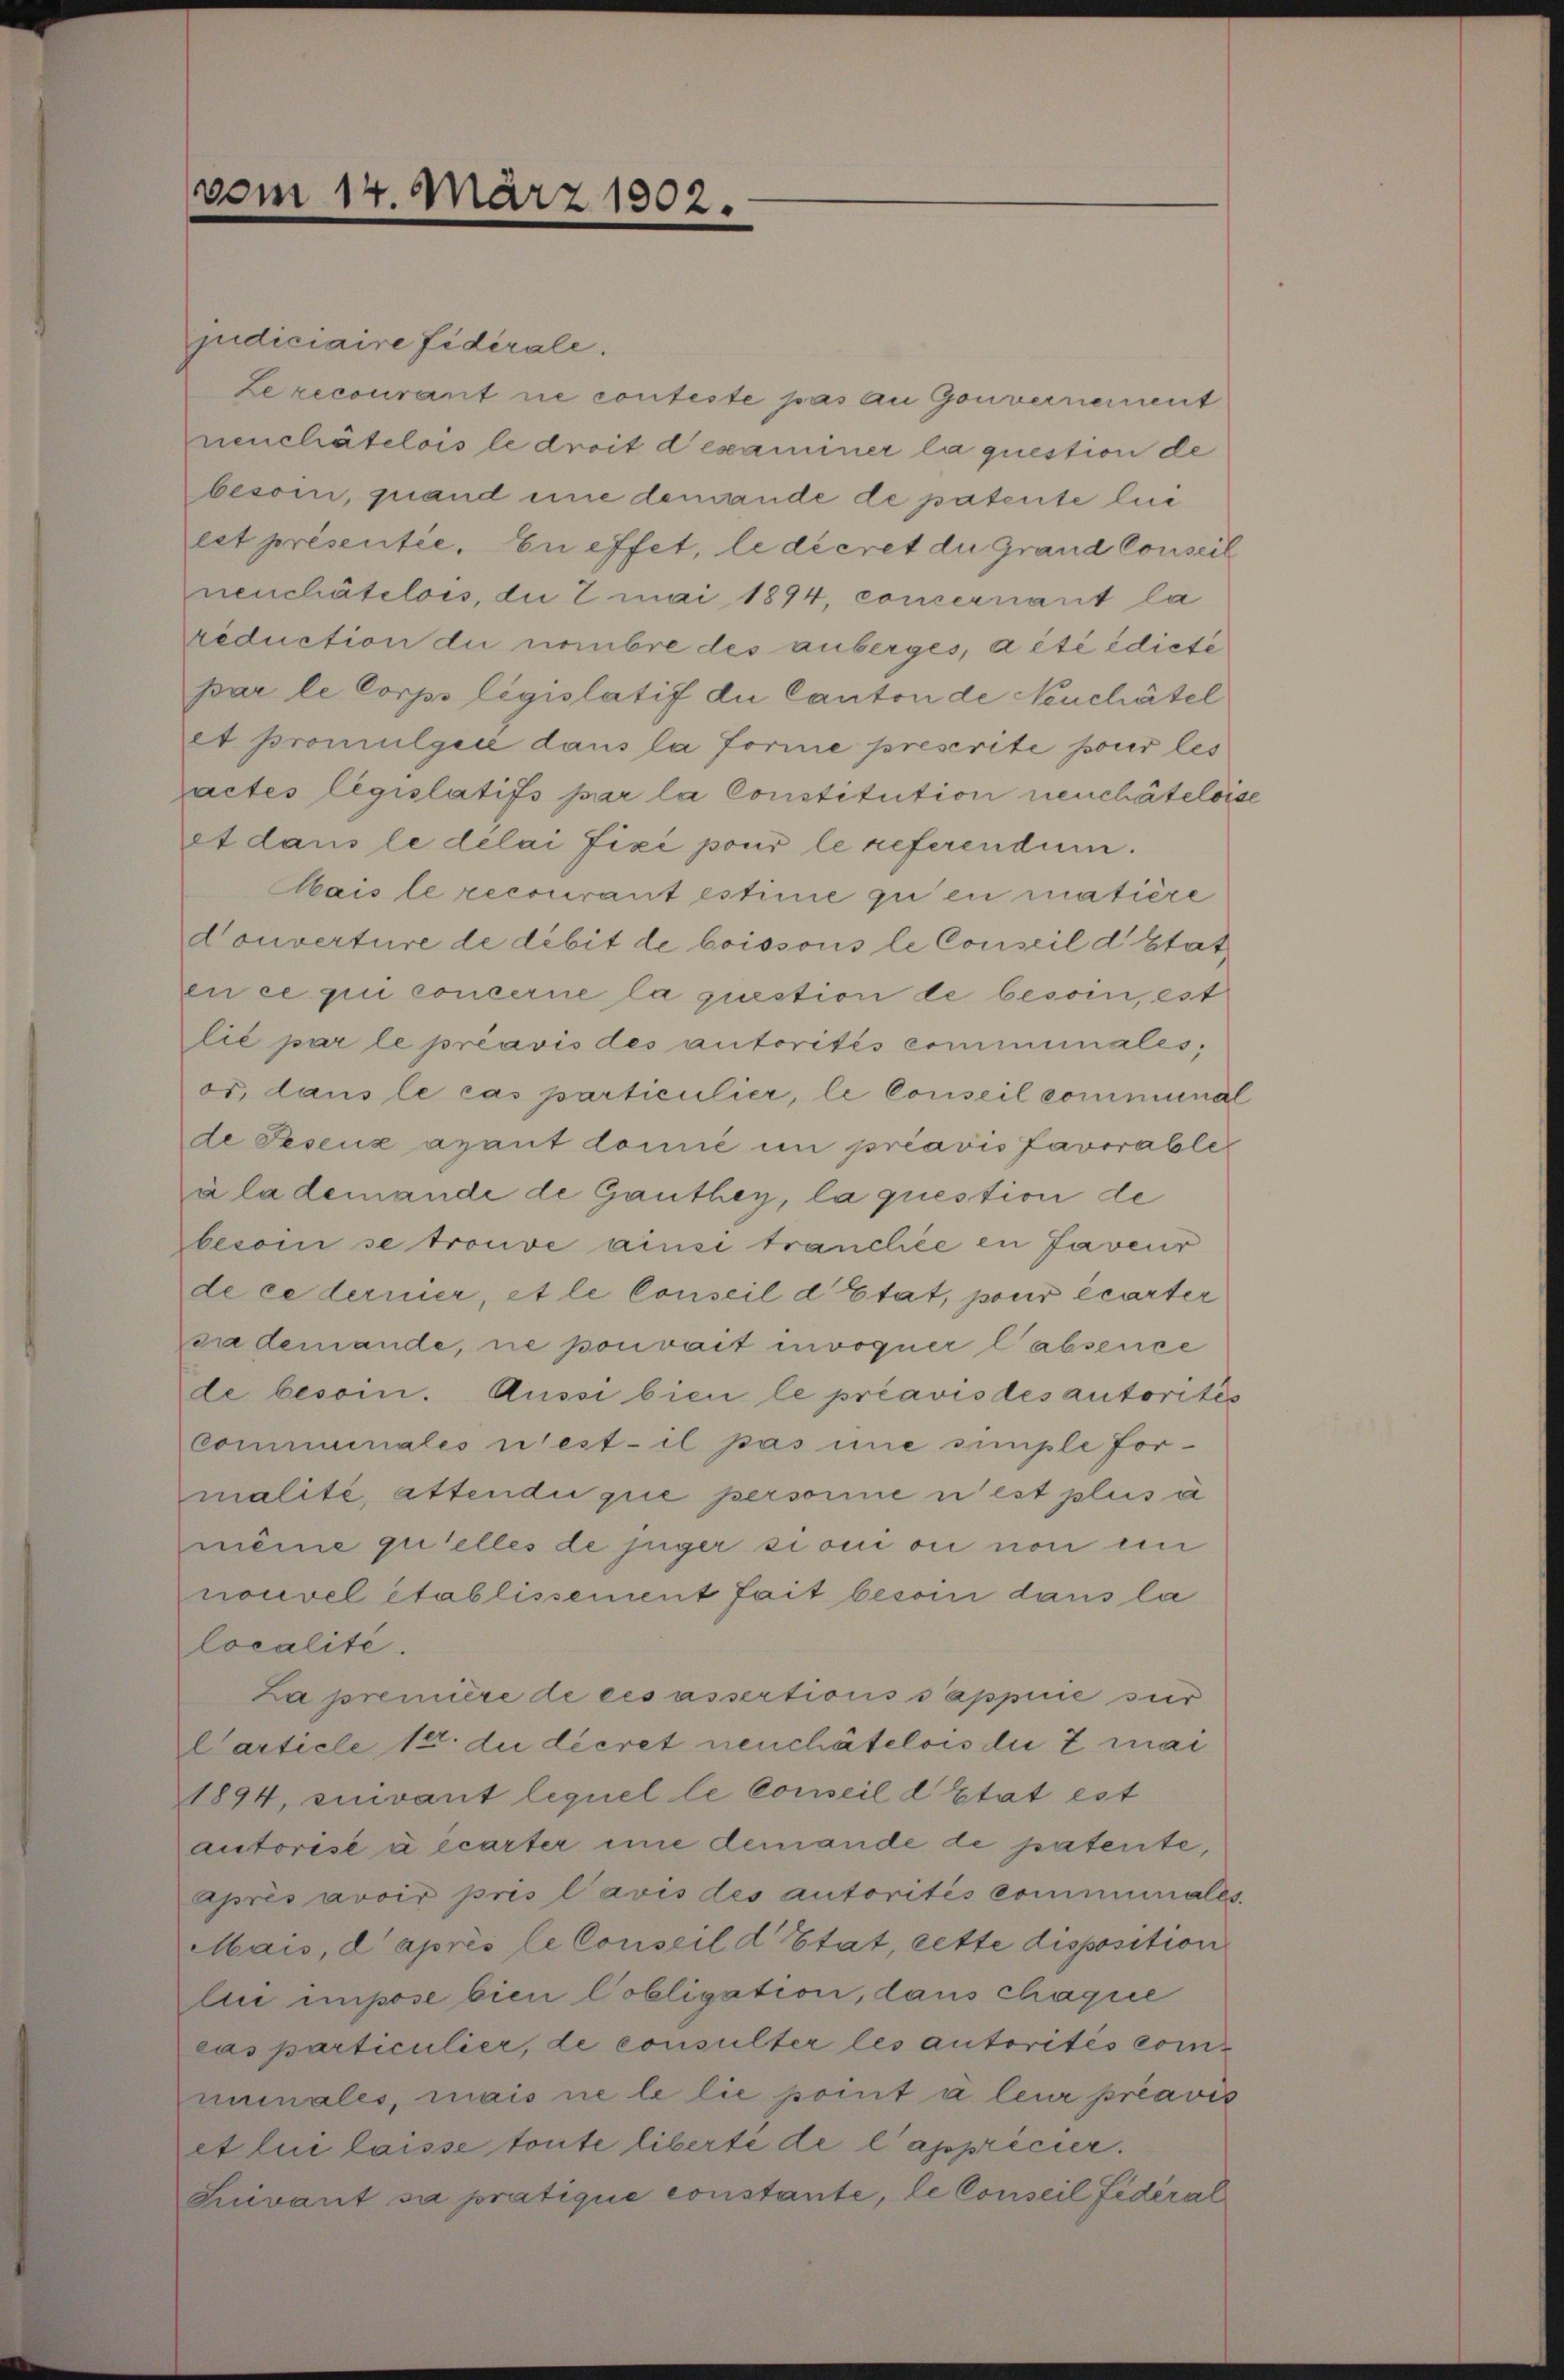
vom 14. März 1902.

judiciaire fidérale.
Lezecourant ne conteste pas an Gouvernement
neuchâtelois le droit d’examiner la question de
besoi, quand eine demande de patente lie
est présentie. En effet, le décret die Grand Conseil
neuchâtelois, die 2 mai 1894, concernant la
reduction du nombre des anberges, a été édieté
par le Corps législatif die Canton de Neuchâtel
et promulgie dans la forme prescrite pour les
actes législatifs par la Constitution neuchâteloise
et dans le délai Fixi pour le referendum.
Mais le recourant estime zu en matière
Konverture de débit de boissous le Conseil d’Etat
en ce qui concerne la question de besoin, est
lie par le préavis des autorités comminales,
or, dans le cas particulier, le Conseil communal
de Peseuz ayant domie in préavis favorable
ala demande de Ganthey, la question de
besoin se trouve ainsi tranchée en faveur
de ce ternier, et le Conseil d’Etat, pour écarter
cademande, ne pouvait invoquer l’absence
de besoin. Aussi bien le préavis des autorités
communales n’est il pas une simple formalité, attendii que personne u est plus a
même qu’elles de juger sion ou non ein
nouvel établissement fait besoin dans la
localité.
La première de ces assertions sappirie sur
Carticle 12. du décret neuchâtelois die 2 mai
1894, sivant lequel le Conseil d Etat est
autorisé à écarter ime demande de patente,
Après avoir pris l’avis des autorités communales.
Mais, d’après le Conseil d’Etat, cette disposition
lii impose bien Cobligation, dans chaque
cas particulier, de consulter les autorités comnimales, mais ne le lie point à leur préavis
et lui laisse toute liberté de l’apprécier.
Luvant sa pratique constante, le Conseil fédéral